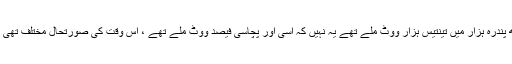
جس میں سے منکال کو ایک لاکھ پندرہ ہزار میں تینتیس ہزار ووٹ ملے تھے یہ نہیں کہ اسی اور پچاسی فیصد ووٹ ملے تھے ، اس وقت کی صورتحال مختلف تھی اور آج کی صورتحال مختلف ہے۔